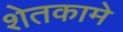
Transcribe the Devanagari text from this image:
शेतकामे